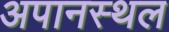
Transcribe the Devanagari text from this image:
अपानस्थल